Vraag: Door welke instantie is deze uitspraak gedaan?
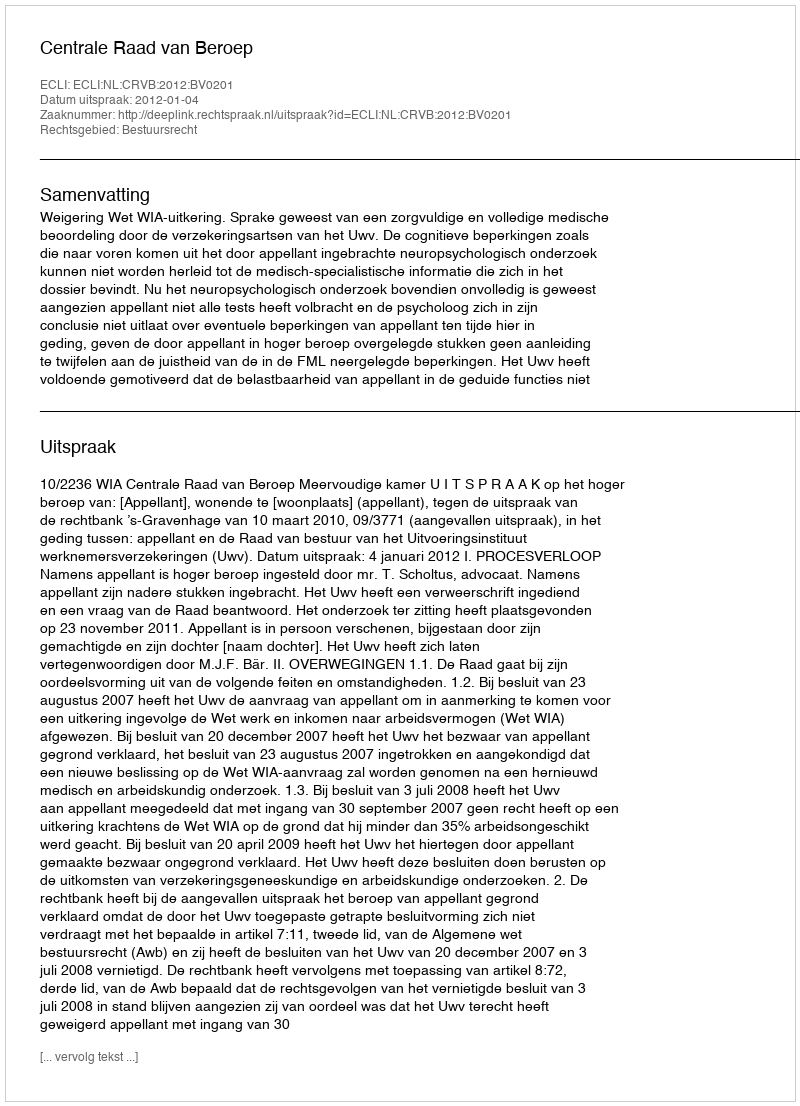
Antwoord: Centrale Raad van Beroep